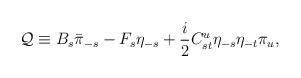
LaTeX: \begin{align*}{\cal Q} \equiv B_s \bar{\pi}_{-s} - F_s \eta_{-s} +\frac {i}{2} C_{st}^u \eta_{-s} \eta_{-t} \pi_u,\end{align*}